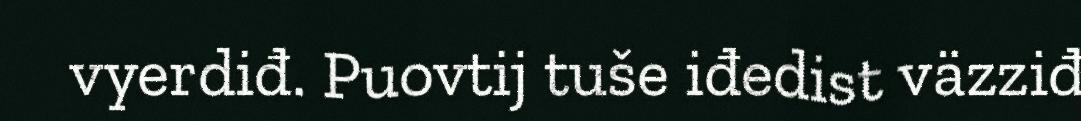
vyerdiđ. Puovtij tuše iđedist väzziđ